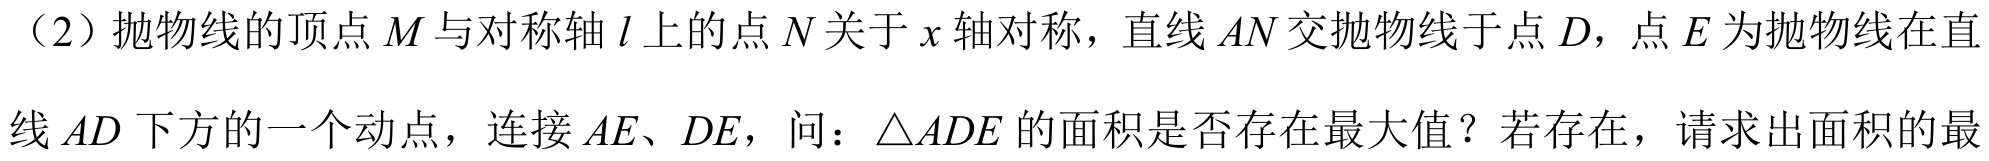
（2）抛物线的顶点\(M\)与对称轴\(l\)上的点\(N\)关于\(x\)轴对称，直线\(AN\)交抛物线于点\(D\)，点\(E\)为抛物线在直线\(AD\)下方的一个动点，连接\(AE\)、\(DE\)，问：\(\triangle ADE\)的面积是否存在最大值？若存在，请求出面积的最